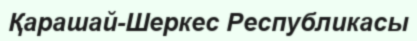
Қарашай-Шеркес Республикасы